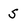
Character: S